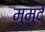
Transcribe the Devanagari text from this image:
मुमुदे